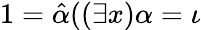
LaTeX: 1={\hat{\alpha}}((\exists x)\alpha=\iota